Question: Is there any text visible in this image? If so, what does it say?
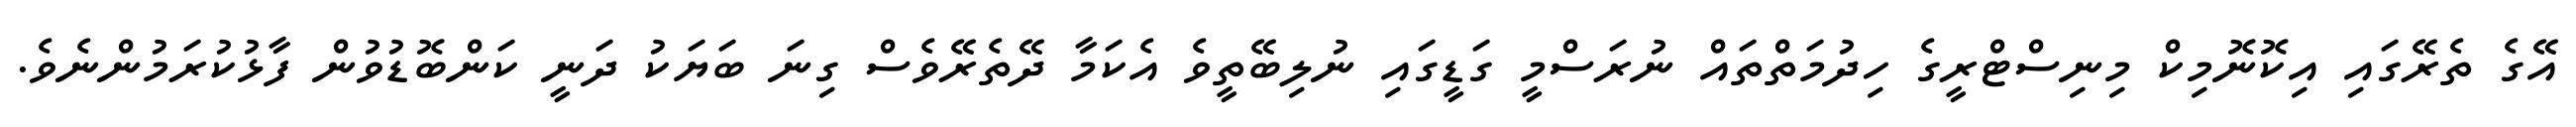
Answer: އޭގެ ތެރޭގައި އިކޮނޮމިކް މިނިސްޓްރީގެ ހިދުމަތްތައް ނުރަސްމީ ގަޑީގައި ނުލިބޭތީވެ އެކަމާ ދޭތެރޭވެސް ގިނަ ބަޔަކު ދަނީ ކަންބޮޑުވުން ފާޅުކުރަމުންނެވެ.